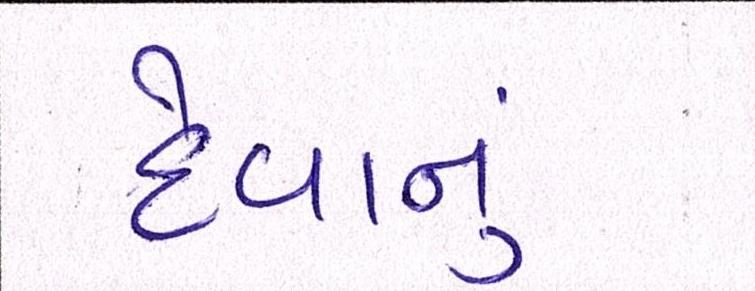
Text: દેવાનું